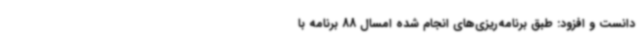
دانست و افزود:‌ طبق برنامه‌ریزی‌های انجام شده امسال 88 برنامه با